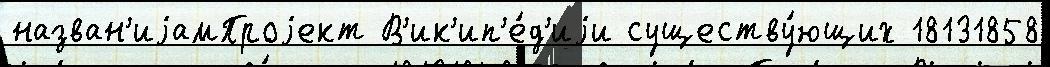
назван'иjамПроjект В'ик'ип'е́д'иjи существу́ющих 18131858